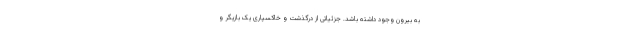
به بیرون وجود داشته باشد. جزئیاتی از درگذشت و خاکسپاری یک بازیگر و